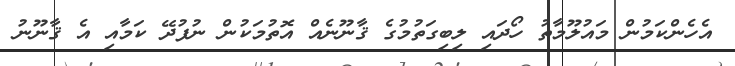
އެހެންކަމުން މައުލޫމާތު ހޯދައި ލިބިގަތުމުގެ ޤާނޫނެއް އޮތުމަކުން ނުފުދޭ ކަމާއި އެ ޤާނޫނު